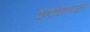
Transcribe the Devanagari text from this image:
केटोकोनाज़ोले